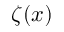
\zeta ( x )